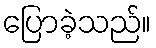
ပြောခဲ့သည်။